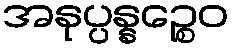
အနုပ္ပန္နဉ္စေဝ